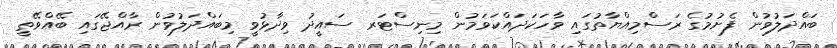
ބައްދަލުވުން ފެށުމުގެ ރަސްމިއްޔާތުގައި ވާހަކަދައްކަވަމުން މިނިސްޓަރ ސައީދު ވިދާޅުވީ މިބައްދަލުވުން ރާއްޖޭގައި ބޭއްވޭތީ